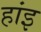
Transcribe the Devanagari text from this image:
हांइ